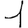
Digit: 1